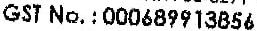
GST NO. : 000689913856